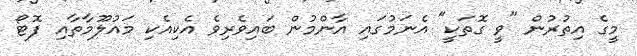
މީގެ އިތުރުން "ވީ ގޮތަކީ" އެނަމުގައި އާންމުން ބައިވެރިވެ އެކިއެކި މައުލޫމާތާއި ފޮޓޯ